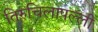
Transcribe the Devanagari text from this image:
तिरुचिलापल्ली